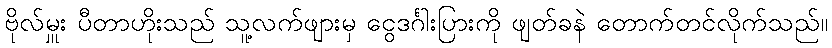
ဗိုလ်မှူး ပီတာဟိုးသည် သူ့လက်ဖျားမှ ငွေဒင်္ဂါးပြားကို ဖျတ်ခနဲ တောက်တင်လိုက်သည်။